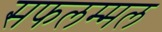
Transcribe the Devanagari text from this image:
सफलम्मल